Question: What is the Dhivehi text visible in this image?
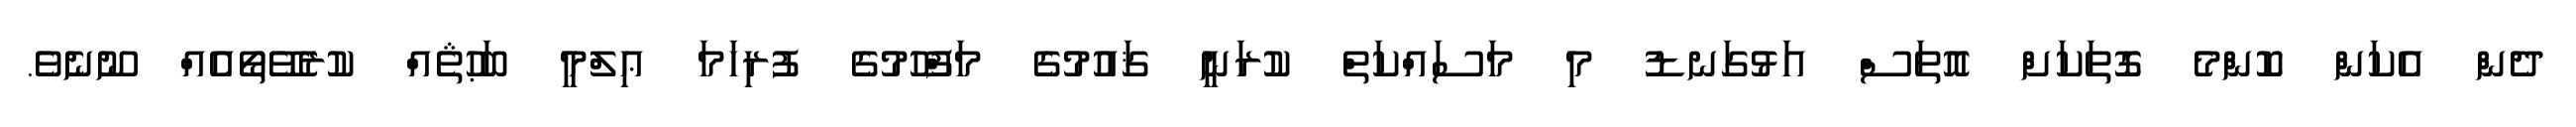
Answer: ދެން އެކަން ކޮންމެ ގޮތަކަށް އޮތަސް އަޅުގަނޑު މި މަސައްކަތް ކުރަނީ ޤައުމުގެ މަފްހޫމުގެ ފުރިހަމަ ޢިލްމީ ބަޙުޘެއް ކުރެވޭތޯއެއް ނޫނެވެ.